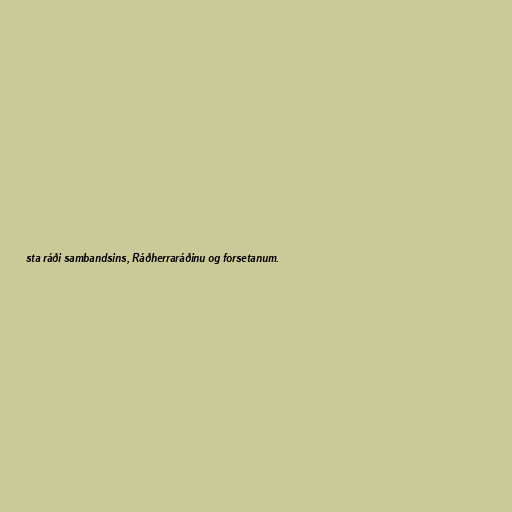
sta ráði sambandsins, Ráðherraráðinu og forsetanum.